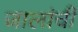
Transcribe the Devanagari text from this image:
जालांची